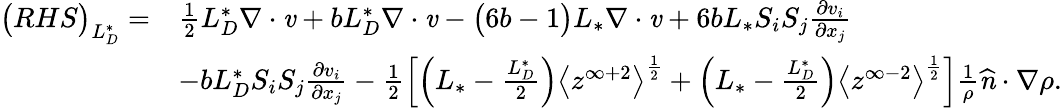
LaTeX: \begin{array}{rl}{\big(RHS\big)_{L_{D}^{*}}=}&{\frac{1}{2}{L_{D}^{*}}\mathbf{\nabla}\cdot\textbf{\emph{v}}+b{L_{D}^{*}}\mathbf{\nabla}\cdot\textbf{\emph{v}}-\big(6b-1\big){L_{*}}\mathbf{\nabla}\cdot\textbf{\emph{v}}+6b{L_{*}}S_{i}S_{j}\frac{\partial v_{i}}{\partial x_{j}}}\\ &{-b{L_{D}^{*}}S_{i}S_{j}\frac{\partial v_{i}}{\partial x_{j}}-\frac{1}{2}\Big[\Big({L_{*}}-\frac{L_{D}^{*}}{2}\Big)\big<z^{\infty+2}\big>^{\frac{1}{2}}+\Big({L_{*}}-\frac{L_{D}^{*}}{2}\Big)\big<z^{\infty-2}\big>^{\frac{1}{2}}\Big]\frac{1}{\rho}\textbf{\emph{\^ n}}\cdot\mathbf{\nabla}\rho.}\end{array}